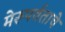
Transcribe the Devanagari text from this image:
मेरूपर्वताचे